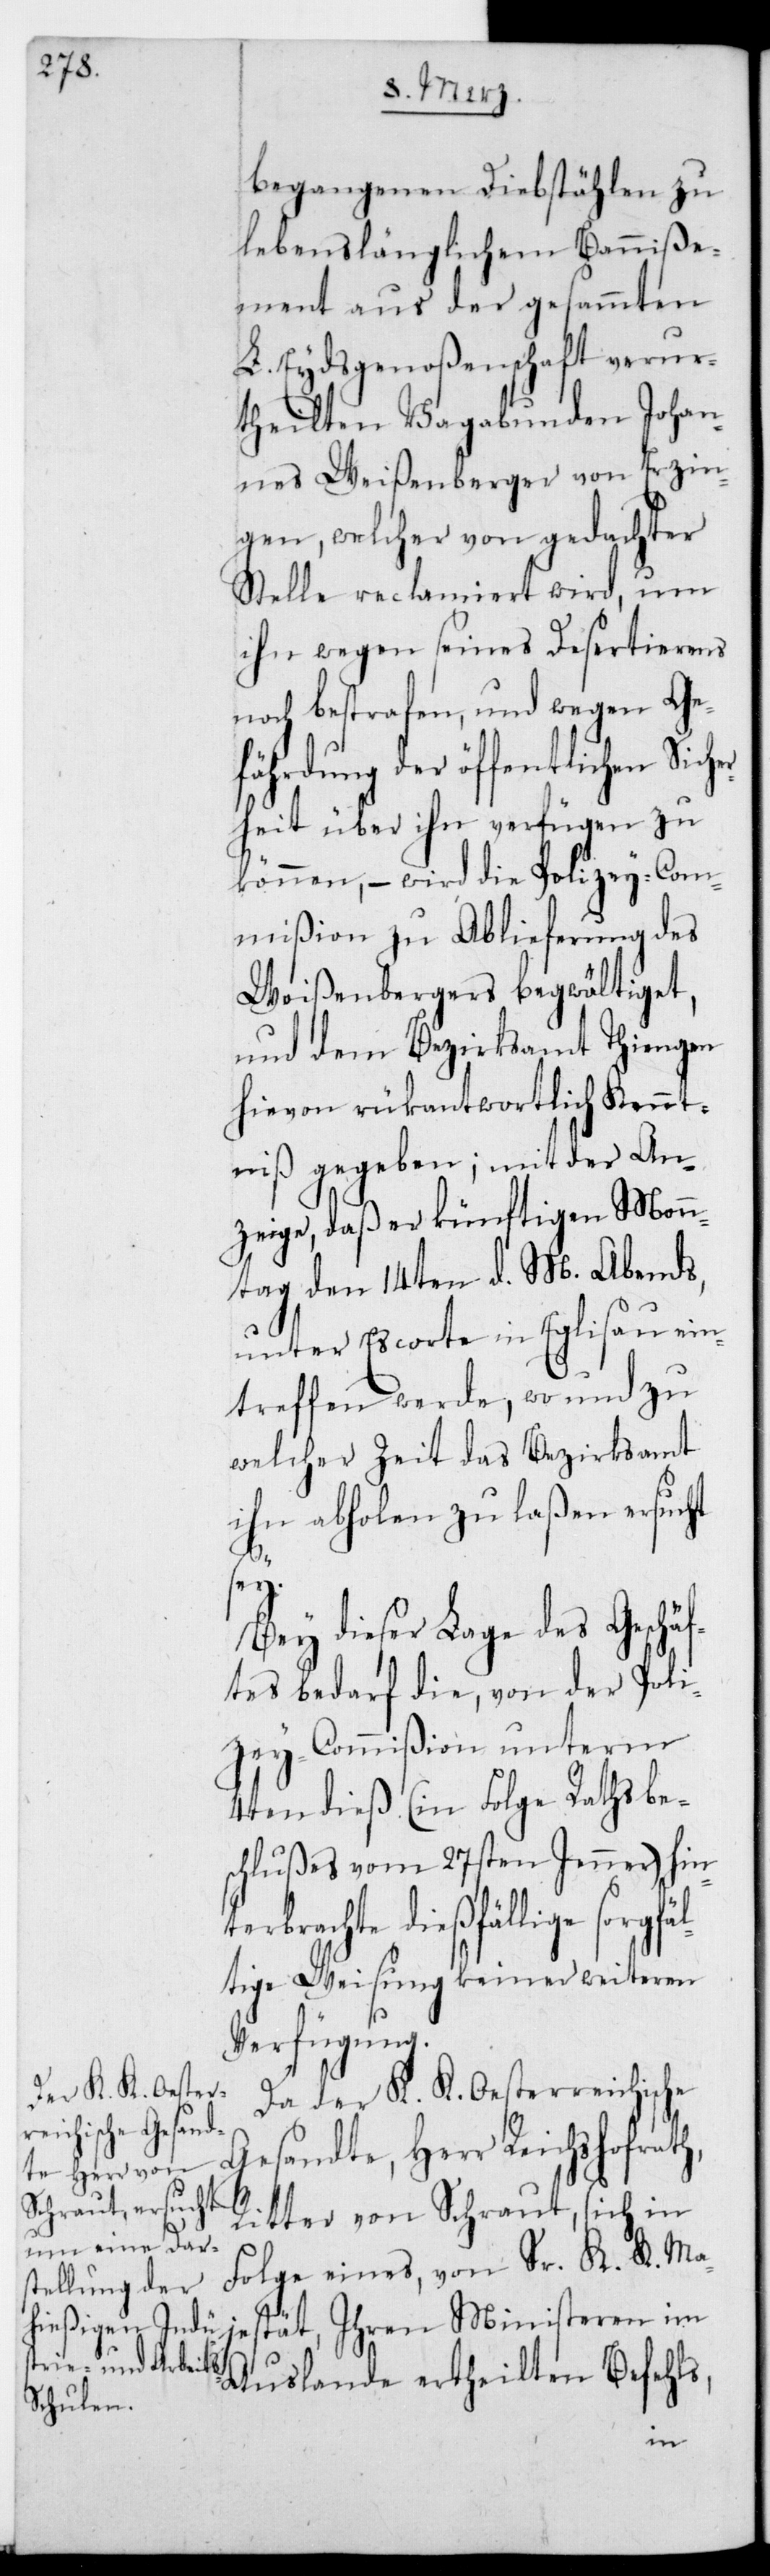
begangenen Diebstählen zu
lebenslänglichem Banniße¬
ment aus der gesamten
L. Eydsgenoßenschaft verur¬
theilten Vagabunden Johan¬
nes Weißenberger von Erzin¬
gen, welcher von gedachter
Stelle reclamiert wird, um
ihn wegen seines Desertierens
noch bestrafen, und wegen Ge¬
fährdung der öffentlichen Sich¬
heit über ihn verfügen zu
können, – wird die Polizey-Com¬
mißion zu Ablieferung des
Weißenbergers begwältiget,
und dem Bezirksamt Thiengen
hievon rückantwortlich Kennt¬
niß gegeben; mit der An¬
zeige, daß er künftigen Mon¬
tag den 14ten d. M. Abends
unter Escorte in Eglisau ein¬
treffen werde, wo und zu
welcher Zeit das Bezirksamt
ihn abholen zu laßen ersucht
sei.
Bey dieser Lage des Geschäf¬
tes bedarf die, von der Poli¬
zey-Commißion unterm
4ten dieß (in Folge Rathsbe¬
schlußes vom 27sten Jenner) hin¬
jestät, Ihren Ministeren
tige Weisung keiner weiteren
Verfügung.
Da der K. K. Oesterreichische
Gesandte, Herr Reichshofrath
Ritter von Schraut, sich in
Folge eines, von Sr. K. K. Ma¬
Auslande ertheilten Befehls,
im